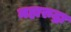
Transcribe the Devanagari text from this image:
महारुद्रा